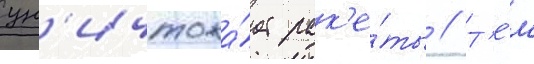
ун'ичтожа́ет рак'е́ты // Т'е́м